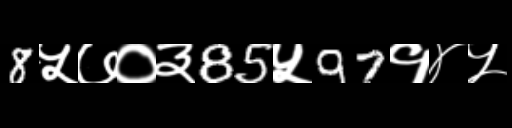
Text: 8५७०३85५97१४५